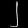
Digit: ၂